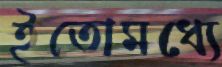
ইতোমধ্যে